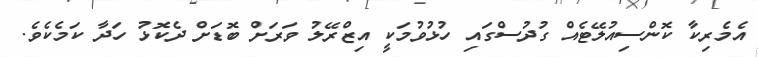
އެމެރިކާ ކޮންސިއުލޭޓެއް ގުދުސްގައި ހުޅުވުމަކީ އިޒްރޭލު ވަރަށް ބޮޑަށް ދެކޮޅު ހަދާ ކަމެކެވެ.